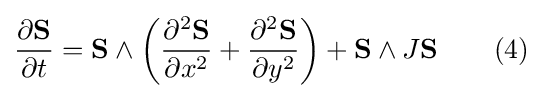
{\frac {\partial \mathbf {S} }{\partial t}}=\mathbf {S} \wedge \left({\frac {\partial ^{2}\mathbf {S} }{\partial x^{2}}}+{\frac {\partial ^{2}\mathbf {S} }{\partial y^{2}}}\right)+\mathbf {S} \wedge J\mathbf {S} \qquad (4)